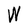
Character: W